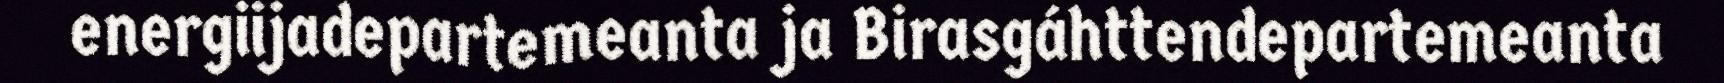
energiijadepartemeanta ja Birasgáhttendepartemeanta